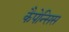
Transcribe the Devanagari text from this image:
कैपेन्सिस